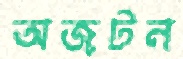
অজটন